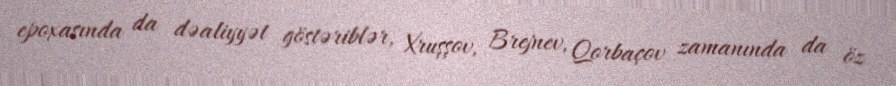
epoxasında da dəaliyyət göstəriblər, Xruşşov, Brejnev, Qorbaçov zamanında da öz